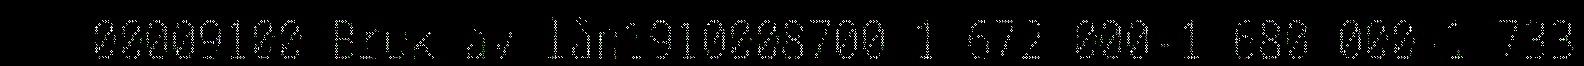
00009100 Bruk av lån1910008700-1 672 000-1 680 000-1 733